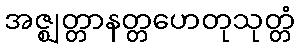
အဇ္ဈတ္တာနတ္တဟေတုသုတ္တံ